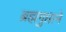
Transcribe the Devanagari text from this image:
ब्रह्मगुप्ताने